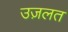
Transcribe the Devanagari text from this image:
उज़लत